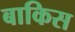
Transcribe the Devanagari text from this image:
बाकिस